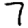
Digit: 7